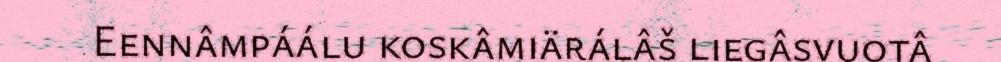
Eennâmpáálu koskâmiärálâš liegâsvuotâ